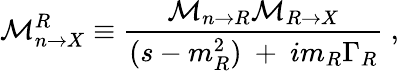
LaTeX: {\cal{M}}_{n\rightarrow X}^{R}\equiv{\displaystyle\frac{{\cal{M}}_{n\rightarrow R}{\cal{M}}_{R\rightarrow X}}{(s-m_{R}^{2})\ +\ im_{R}\Gamma_{R}}}\ ,